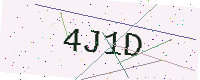
Text: 4J1D